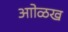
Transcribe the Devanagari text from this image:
आोळख